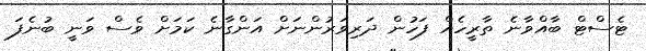
ޓެސްޓް ބާއްވާނެ ތާރީހެއް ފަހުން ދަރިވަރުންނަށް އަންގާނެ ކަމަށް ވެސް ވަނީ ބުނެފަ